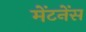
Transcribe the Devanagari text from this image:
मेंटनेंस